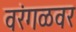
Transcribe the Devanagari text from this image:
वरंगळवर